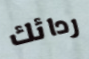
ردائك